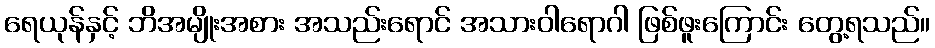
ရေယုန်နှင့် ဘိအမျိုးအစား အသည်းရောင် အသားဝါရောဂါ ဖြစ်ဖူးကြောင်း တွေ့ရသည်။